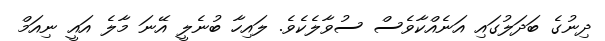
ދިނުގެ ބަދަލުގައި އަނެއްކާވެސް ސުވާލެކެވެ. ލައިހާ ބުނެލީ އޭނަ މާލެ އައީ ނިއަމް